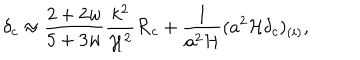
LaTeX: \delta _ { c } \approx { \frac { 2 + 2 w } { 5 + 3 w } } { \frac { k ^ { 2 } } { { \cal H } ^ { 2 } } } { \cal R } _ { c } + { \frac { 1 } { a ^ { 2 } { \cal H } } } ( a ^ { 2 } { \cal H } \delta _ { c } ) _ { ( i ) } ,